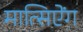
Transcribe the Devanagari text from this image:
मात्सिऐंग